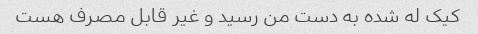
کیک له شده به دست من رسید و غیر قابل مصرف هست